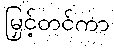
မြှင့်တင်ကာ